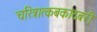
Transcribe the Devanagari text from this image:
चरित्रात्कबकांदबरी